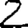
Digit: 2